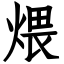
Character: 煨